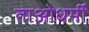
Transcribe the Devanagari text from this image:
ताओधर्मी